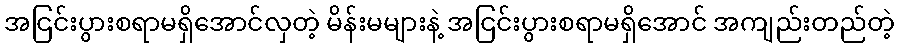
အငြင်းပွားစရာမရှိအောင်လှတဲ့ မိန်းမများနဲ့ အငြင်းပွားစရာမရှိအောင် အကျည်းတည်တဲ့